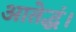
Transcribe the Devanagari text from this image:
आतेद्धं।